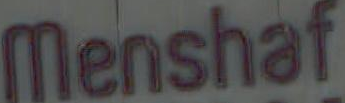
Menshaf